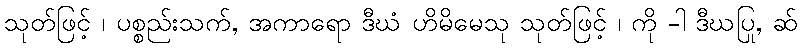
သုတ်ဖြင့် ၊ ပစ္စည်းသက်, အကာရော ဒီဃံ ဟိမိမေသု သုတ်ဖြင့် ၊ ကို -ါ ဒီဃပြု, ဆ်